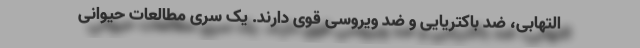
التهابی، ضد باکتریایی و ضد ویروسی قوی دارند. یک سری مطالعات حیوانی